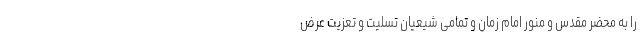
را به محضر مقدس و منور امام زمان و تمامی شیعیان تسلیت و تعزیت عرض